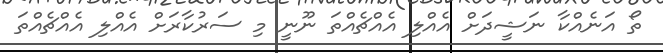
ތޯ އަނެއްކާ ނަޝީދަށް އެއްލި އެއްޗެއްތަ ނޫނީ މި ސަރުކާރަށް އެއްލި އެއްޗެއްތަ